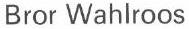
Bror Wahlroos